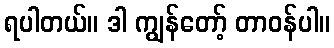
ရပါတယ်။ ဒါ ကျွန်တော့် တာဝန်ပါ။